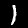
Label: 1